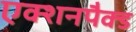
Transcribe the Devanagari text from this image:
एक्शनपैक्ड